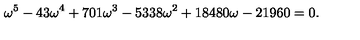
\omega ^ { 5 } - 4 3 \omega ^ { 4 } + 7 0 1 \omega ^ { 3 } - 5 3 3 8 \omega ^ { 2 } + 1 8 4 8 0 \omega - 2 1 9 6 0 = 0 .